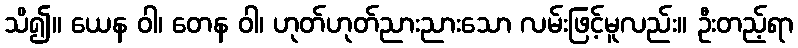
သိ၍။ ယေန ဝါ၊ တေန ဝါ၊ ဟုတ်ဟုတ်ညားညားသော လမ်းဖြင့်မူလည်း။ ဦးတည့်ရာ